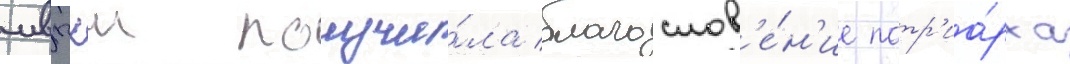
мвпхш получи́ла благослов'е́н'ие патр'иа́рха